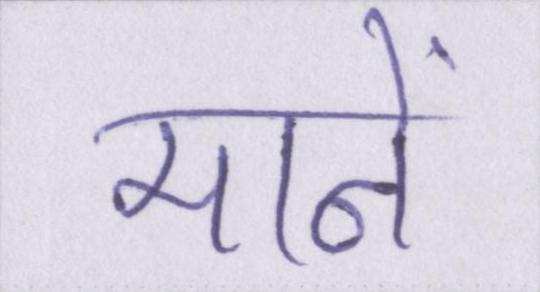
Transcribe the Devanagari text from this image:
मानें